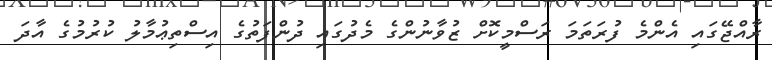
ރާއްޖޭގައި އެންމެ ފުރަތަމަ ރަސްމީކޮށް ޒުވާނުންގެ މެދުގައި ދުންފަތުގެ އިސްތިޢުމާލު ކުރުމުގެ އާދަ